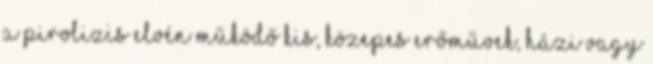
A pirolizis elvén működő kis, közepes erőművek, házi vagy